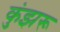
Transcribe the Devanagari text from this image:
कुंझरू